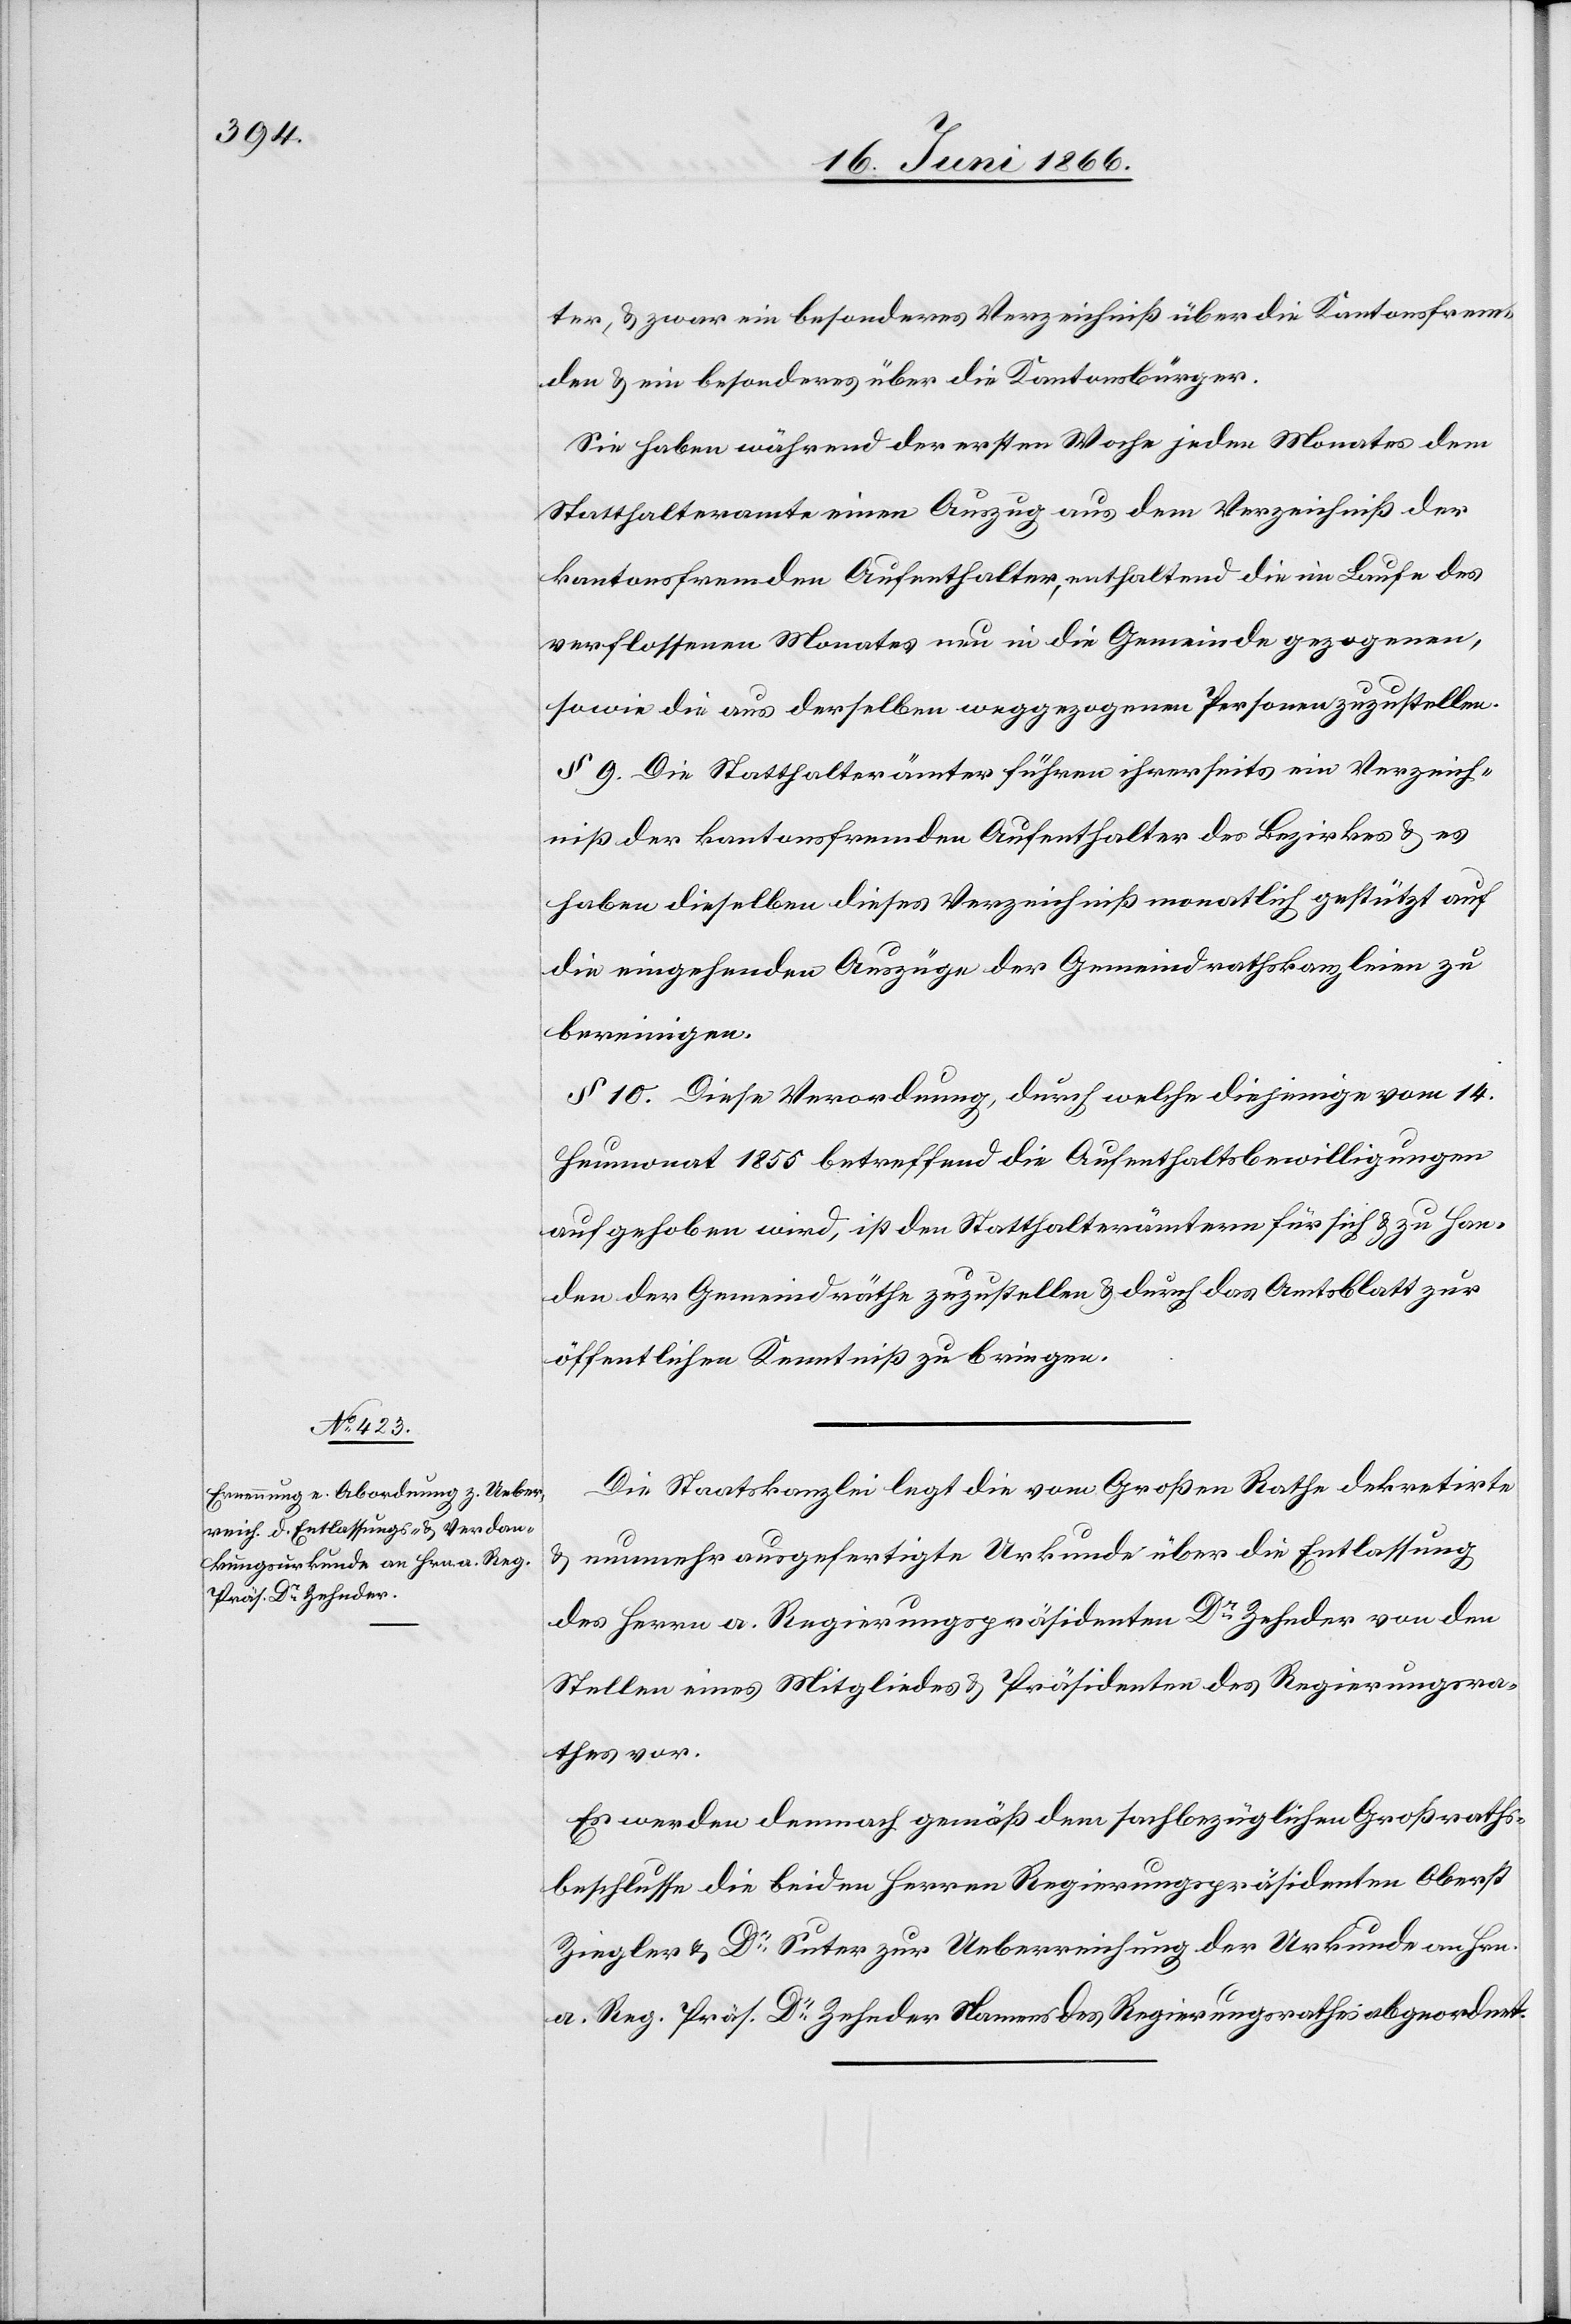
ter, u. zwar ein besonderes Verzeichniß über die Kantonsfrem¬
den u. ein besonderes über die Kantonsbürger.
Sie haben während der ersten Woche jeden Monats dem
Statthalteramte einen Auszug aus dem Verzeichniß der
kantonsfremden Aufenthalter, enthaltend die im Laufe des
verflossenen Monates neu in die Gemeinde gezogenen,
sowie die aus derselben weggezogenen Personen zuzustellen.
§ 9. Die Statthalterämter führen ihrerseits ein Verzeich¬
niß der kantonsfremden Aufenthalter des Bezirkes u. es
haben dieselben dieses Verzeichniß monatlich gestützt auf
die eingehenden Auszüge der Gemeindrathskanzleien zu
bereinigen.
§ 10. Diese Verordnung, durch welche diejenige vom 14.
Heumonat 1856 betreffend die Aufenthaltsbewilligungen
aufgehoben wird, ist den Statthalterämtern für sich u. zu Han¬
den der Gemeindräthe zuzustellen u. durch das Amtsblatt zur
öffentlichen Kenntniß zu bringen.
Die Staatskanzlei legt die vom Großen Rathe dekretirte
u. nunmehr ausgefertigte Urkunde über die Entlassung
des Herren a. Regierungspräsidenten Dr. Zehnder von den
Stellen eines Mitgliedes u. Präsidenten des Regierungsra¬
thes vor.
Es werden demnach gemäß dem sachbezüglichen Großraths¬
beschlusse die beiden Herren Regierungspräsidenten Oberst
Ziegler u. Dr. Suter zur Ueberreichung der Urkunde an Hrn.
a. Reg. Präs. Dr. Zehnder Namens des Regierungsrathes abgeordnet.